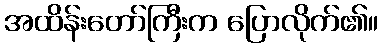
အထိန်းတော်ကြီးက ပြောလိုက်၏။